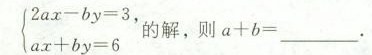
$$ \begin{cases} 2 a x-b y=3,